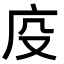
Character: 𭙔